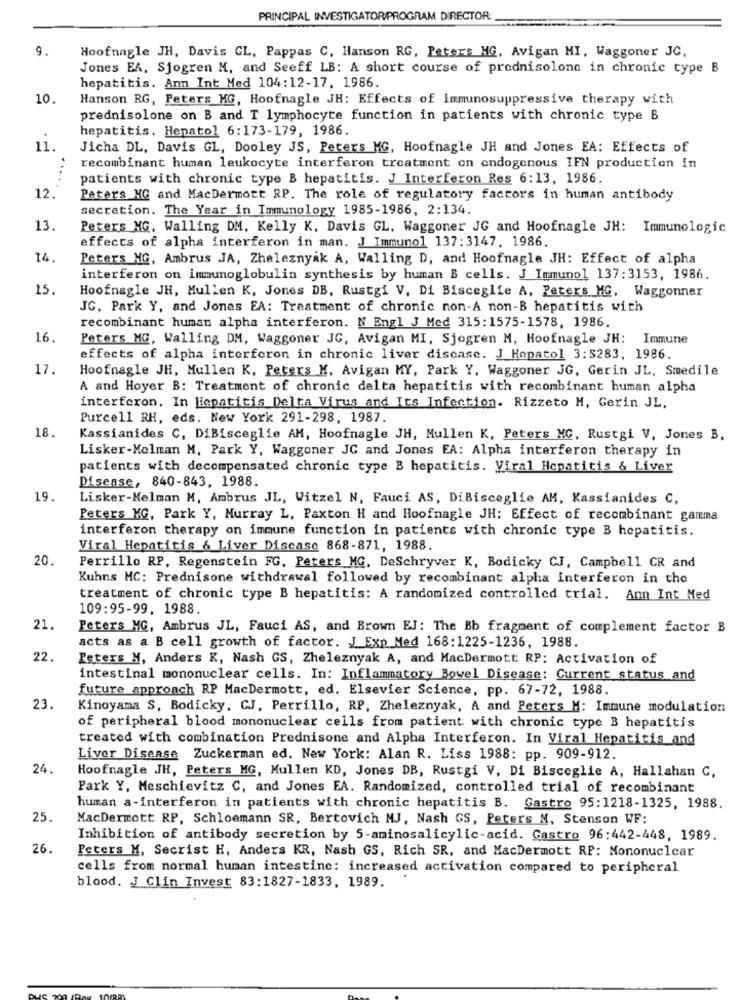
PRINCIPAL INVESTIGATORPROGRAM DIRECTOR:
9.
Hoofnagle JH, Davis GL, Pappas C, Hanson RG, Peters MG, Avigan MI, Waggoner JC,
Jones EA, Sjogren M. and Seeff LB: A short course of prednisolone in chronic type B
hepatitis. Anm Int Med 104:12-17. 1986.
10.
Hanson RG, Peters MG, Hoofnagle JH: Effects of immunosuppressive therapy with
prednisolone on B and T lymphocyte function in patients with chronic type B
hepatitis. Hepatol 6:173-179, 1986.
11.
Jicha DL, Davis GL, Dooley JS, Peters MG, Hoofnagle JH and Jones EA: Effects of
recombinant human leukocyte interferon treatment on endogenous IFN production in
patients with chronic type B hepatitis. J Interferon Res 6:13, 1986.
12.
Peters MG and MacDermott RP. The role of regulatory factors in human antibody
secretion. The Year in Immunology 1985-1986, 2:134.
13.
Peters NG. Walling DM. Kelly K. Davis GL. Waggoner JG and Hoofnagle JH: Immunologic
effects of alpha interferon in man. J Immunol 137:3147, 1986.
14.
Peters NG. Ambrus JA, Zheleznyak A, Walling D, and Hoofnagle JH: Effect of alpha
interferon on immunoglobulin synthesis by human B cells. J Immunol 137:3153, 1986.
15.
Hoofnagle JH, Mullen K, Jones DB, Rustgi V. Di Bisceglie A. Peters MG. Waggonner
JG, Park Y, and Jones EA: Treatment of chronic non-A non-B hepatitis with
recombinant human alpha interferon. N Engl J Med 315:1575-1578, 1986.
16.
Peters MG, Walling DM, Waggoner JG, Avigan MI, Sjogren M, Hoofnagle JH: Immune
effects of alpha interferon in chronic liver disease. J_Hepatol 3:5283, 1986.
17.
Hoofnagle JH, Mullen K, Peters M, Avigan MY, Park Y, Waggoner JG, Gerin JL, Smedile
A and Hoyer B: Treatment of chronic delta hepatitis with recombinant human alpha
interferon, In Hepatitis Delta Virus and Its Infection. Rizzeto M, Gerin JL,
Purcell RH, eds. New York 291-298, 1987.
18.
Kassianides C, DiBisceglie AM, Hoofnagle JH, Mullen K, Peters MC, Rustgi V, Jones B,
Lisker-Melman M. Park Y, Waggoner JG and Jones EA: Alpha interferon therapy in
patients with decompensated chronic type B hepatitis. Viral Hepatitis & Liver
Disease, 840-843, 1988.
19
Lisker-Melman M, Ambrus JL, Witzel N, Fauci AS, DiBisceglie AM, Kassianides C,
Peters MG, Park Y, Murray L, Paxton H and Hoofnagle JH: Effect of recombinant gamma
interferon therapy on immune function in patients with chronic type B hepatitis.
Viral Hepatitis & Liver Discase 868-871, 1988.
20.
Perrillo RP, Regenstein FG, Peters MG. DeSchryver K, Bodicky CJ, Campbell CR and
Kuhns MC: Prednisone withdrawal followed by recombinant alpha interferon in the
treatment of chronic type B hepatitis: A randomized controlled trial. Ann Int Med
109:95-99. 1988.
21.
Peters MG, Ambrus JL, Fauci AS, and Brown EJ: The Bb fragment of complement factor B
acts as a B cell growth of factor. J Exp Med 168:1225-1236, 1988.
22.
Peters M, Anders K, Nash GS, Zheleznyak A, and MacDermott RP: Activation of
intestinal mononuclear cells. In: Inflammatory Bowel Disease: Current status and
future approach RP MacDermott, ed. Elsevier Science, pp. 67-72, 1988.
23.
Kinoyama S, Bodicky, CJ, Perrillo, RP, Zheleznyak, A and Peters M: Immune modulation
of peripheral blood mononuclear cells from patient with chronic type B hepatitis
treated with combination Prednisone and Alpha Interferon. In Viral Hepatitis and
Liver Disease Zuckerman ed. New York: Alan R. Liss 1988: pp. 909-912.
24.
Hoofnagle JH, Peters MG, Mullen KD, Jones DB, Rustgi V, Di Bisceglie A, Hallahan C.
Park Y, Meschievitz C, and Jones EA. Randomized, controlled trial of recombinant
human a-interferon in patients with chronic hepatitis B. Gastro 95:1218-1325, 1988.
25.
MacDermott RP, Schloemann SR, Bertovich NJ, Nash GS, Peters N, Stenson WF:
Inhibition of antibody secretion by S-aminosalicylic-acid. Gastro 96:442-448, 1989.
26.
Peters M, Secrist H, Anders KR, Nash GS, Rich SR, and MacDermott RP: Mononuclear
cells from normal human intestine: increased activation compared to peripheral
blood. J Clin Invest 83:1827-1833, 1989.